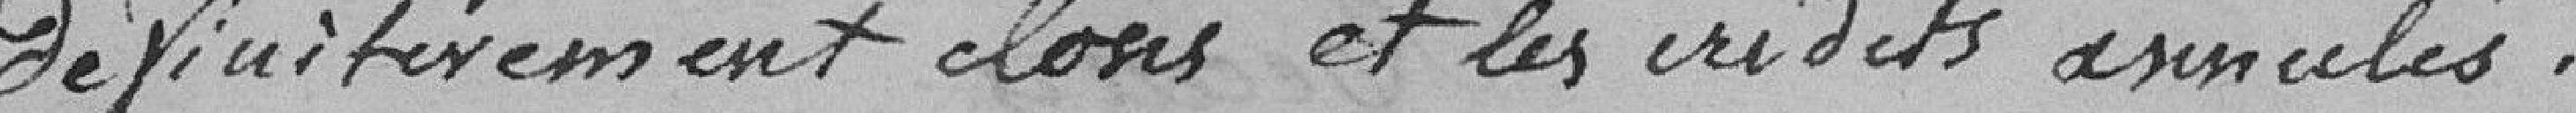
définitivement closes et les crédits annulés.